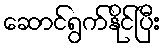
ဆောင်ရွက်နိုင်ပြီး